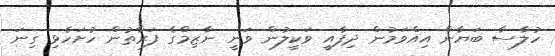
ހުލާސާ ބަޔާން އިއްވަމުން ދިފާއީ ވަކީލުން ވަނީ ނާޒިމްގެ ފަރާތުން ހުށަހެޅި ގިނަ